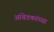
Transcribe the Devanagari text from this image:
आंबेडकरंच्या